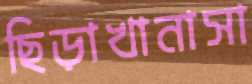
ছিড়াখানাসা